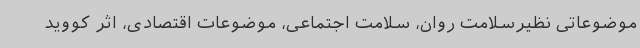
موضوعاتی نظیرسلامت روان، سلامت اجتماعی، موضوعات اقتصادی، اثر کووید